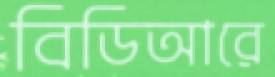
বিডিআরে